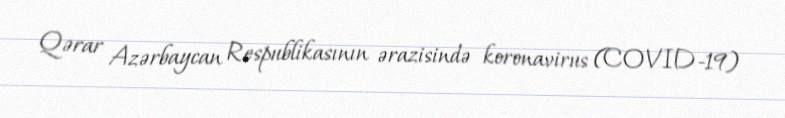
Qərar Azərbaycan Respublikasının ərazisində koronavirus (COVID-19)